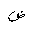
Letter: _dad